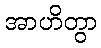
အာဟိတွာ